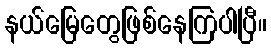
နယ်မြေတွေဖြစ်နေကြပါပြီ။